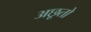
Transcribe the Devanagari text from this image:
अछूतो